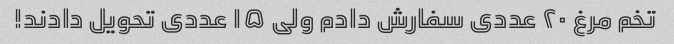
تخم مرغ ۲۰ عددی سفارش دادم ولی ۱۵ عددی تحویل دادند!